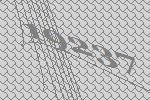
19237